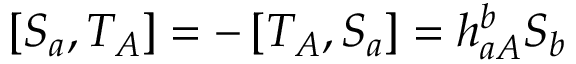
\left[ S _ { a } , T _ { A } \right] = - \left[ T _ { A } , S _ { a } \right] = h _ { a A } ^ { b } S _ { b }